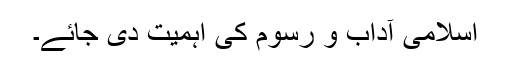
اسلامی آداب و رسوم کی اہمیت دی جائے۔